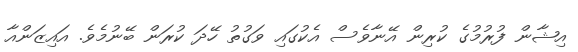
އިޝާން ފުރުމުގެ ކުރިން އޭނާވެސް އެކުގައި ވަގުތު ހޭދަ ކުރަން ބޭނުމެވެ. އައިޒަންއާ